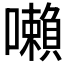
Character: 𡃤